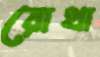
রোথা